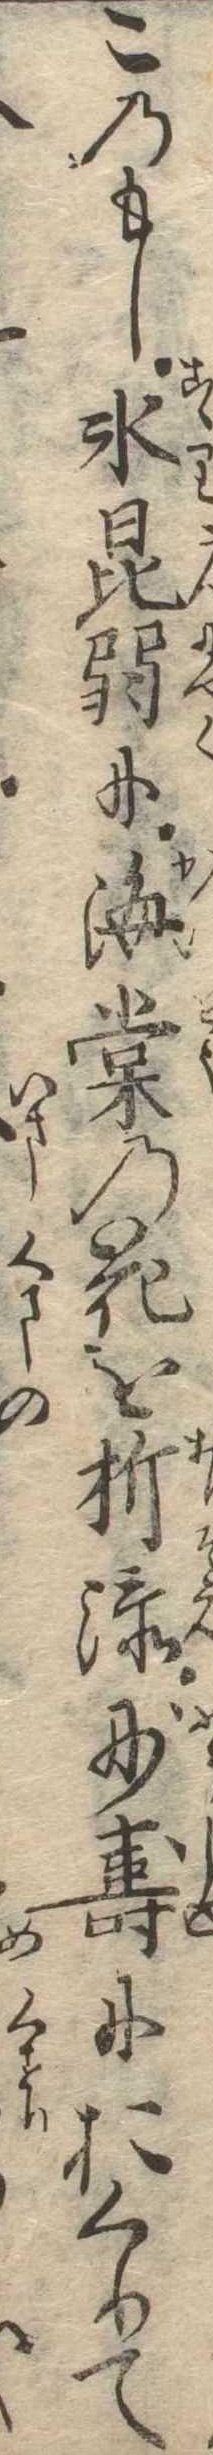
このもし氷昆弱に海棠の花を折添妙寿におくりて